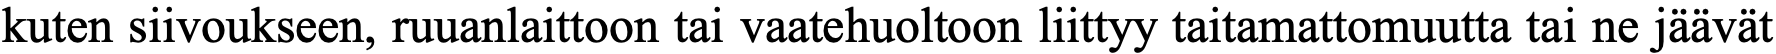
kuten siivoukseen, ruuanlaittoon tai vaatehuoltoon liittyy taitamattomuutta tai ne jäävät